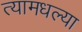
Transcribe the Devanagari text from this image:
त्यामधल्या